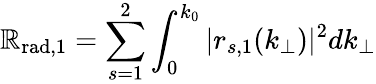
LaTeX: \mathbb{R}_{\mathrm{{rad}},1}=\sum_{s=1}^{2}\int_{0}^{k_{0}}|r_{s,1}(k_{\perp})|^{2}dk_{\perp}